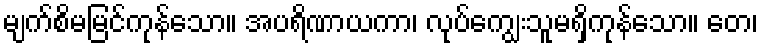
မျက်စိမမြင်ကုန်သော။ အပရိဏာယကာ၊ လုပ်ကျွေးသူမရှိကုန်သော။ တေ၊